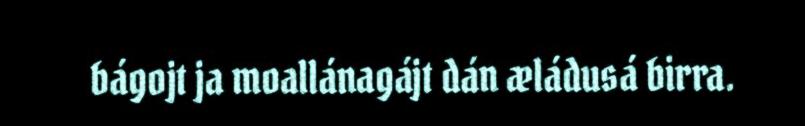
bágojt ja moallánagájt dán æládusá birra.